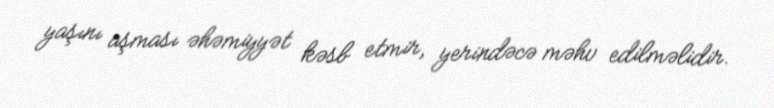
yaşını aşması əhəmiyyət kəsb etmir, yerindəcə məhv edilməlidir.